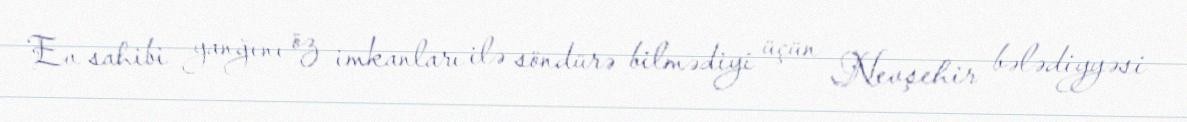
Ev sahibi yanğını öz imkanları ilə söndürə bilmədiyi üçün Nevşehir bələdiyyəsi